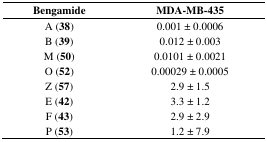
| Bengamide | MDA-MB-435 |
 | --- | --- |
 | A (38) | 0.001 ± 0.0006 |
 | B (39) | 0.012 ± 0.003 |
 | M (50) | 0.0101 ± 0.0021 |
 | O (52) | 0.00029 ± 0.0005 |
 | Z (57) | 2.9 ± 1.5 |
 | E (42) | 3.3 ± 1.2 |
 | F (43) | 2.9 ± 2.9 |
 | P (53) | 1.2 ± 7.9 |